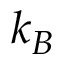
k _ { B }